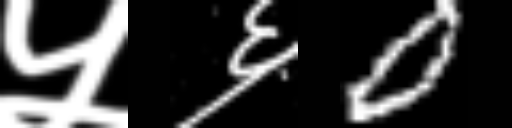
Text: ५६0